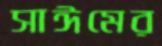
সাঈমের